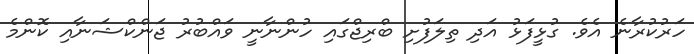
ހަރުކުރާނެ އެވެ. ގުޅީފަޅު އަދި ތިލަފުށި ބްރިޖްގައި ހުންނާނީ ވައްބުރު ޖަންކްޝަނާއި ކޮންމެ